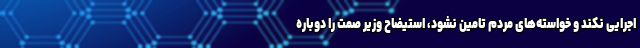
اجرایی نکند و خواسته‌های مردم تامین نشود، استیضاح وزیر صمت را دوباره